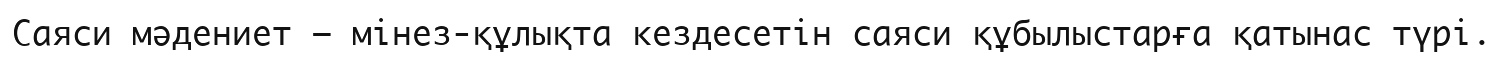
Саяси мәдениет — мінез-құлықта кездесетін саяси құбылыстарға қатынас түрі.